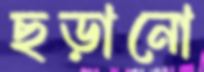
ছড়ানো